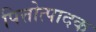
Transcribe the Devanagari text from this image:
पित्तोत्पादक